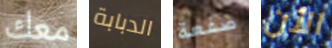
معك الدبابة صفعة الآن